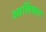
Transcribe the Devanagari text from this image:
आर्लिबार